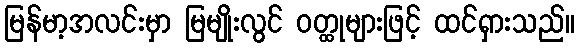
မြန်မာ့အလင်းမှာ မြမျိုးလွင် ဝတ္ထုများဖြင့် ထင်ရှားသည်။